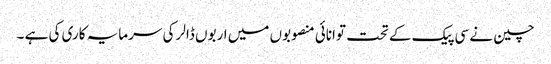
چین نے سی پیک کے تحت توانائی منصوبوں میں اربوں ڈالر کی سرمایہ کاری کی ہے ۔